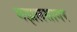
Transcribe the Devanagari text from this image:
गझलसागर